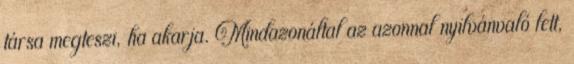
társa megteszi, ha akarja. Mindazonáltal az azonnal nyilvánvaló lett,